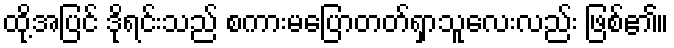
ထို့အပြင် ဒိုရင်းသည် စကားမပြောတတ်ရှာသူလေးလည်း ဖြစ်၏။